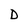
Character: D